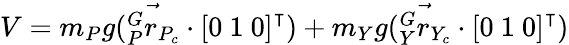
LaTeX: V=m_{P}g(\vec{{}_{P}^{G}r_{P_{c}}}\cdot{[0\mathrm{~}1\mathrm{~}0]}^{\intercal})+m_{Y}g(\vec{{}_{Y}^{G}r_{Y_{c}}}\cdot{[0\mathrm{~}1\mathrm{~}0]}^{\intercal})